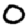
Digit: 0